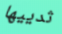
ثدييها